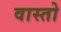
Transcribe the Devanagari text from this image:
वास्तो